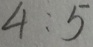
4 : 5